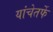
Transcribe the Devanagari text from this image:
यांचेतर्फे